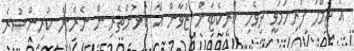
އެ ޖުމްލަ ފުރިހަމަވީ ދިވެހި ކްރިކެޓަށް ޒުވާން އާ ކުޅުންތެރިން ނެރެން ކުރިންސުރެ